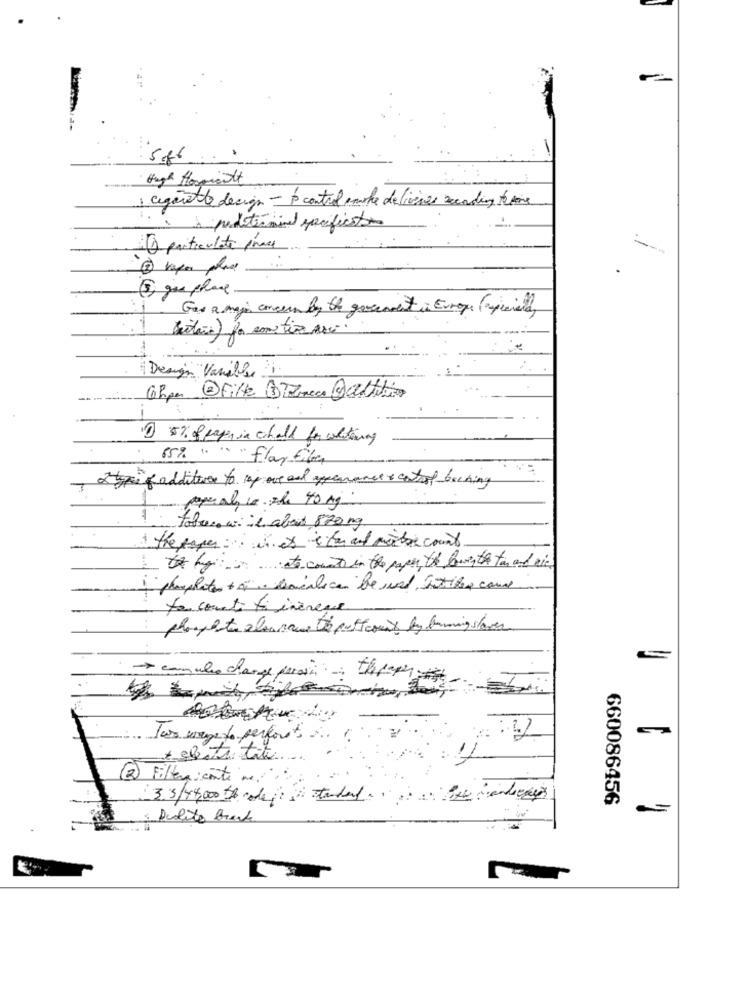
· High Horgolt
1. cigarette design - to control marke deliveries recording theme
à predetermined pacificaton
particulate prace
vapor place
5 gus place
Gas a main concern by the government in Europe (especiald,
Bitais) for smi tir arci.
Design Variable 1.
Chpa 3File Bianca @addition
--
1 5% of paper in cohall for whitening
65% " " " flay fiber
stypif additives to rap ove and appearance & control boching
-paperal, co. ale 40 kg
1 toboro wi il abes 870 mg
the paper: ich es itan and metre count
To byto count in the paper the lower the tan and rics
+ phosphates + à localice be und Sotilos coune
to count ti inèreve
phosphate eleaname to postcount by burning stoves
>> can ules charge parain therope
Tas wege to perforit ....
+ cheats tite
2 Fillergente ne
3.3/44,000 code fi standard ...
660086456
: Acolite Brente